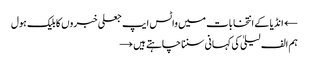
← انڈیا کے انتخابات میں واٹس ایپ جعلی خبروں کا بلیک ہول
ہم الف لیلیٰ کی کہانی سننا چاہتے ہیں →